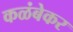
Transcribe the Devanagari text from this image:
कळंबेकर